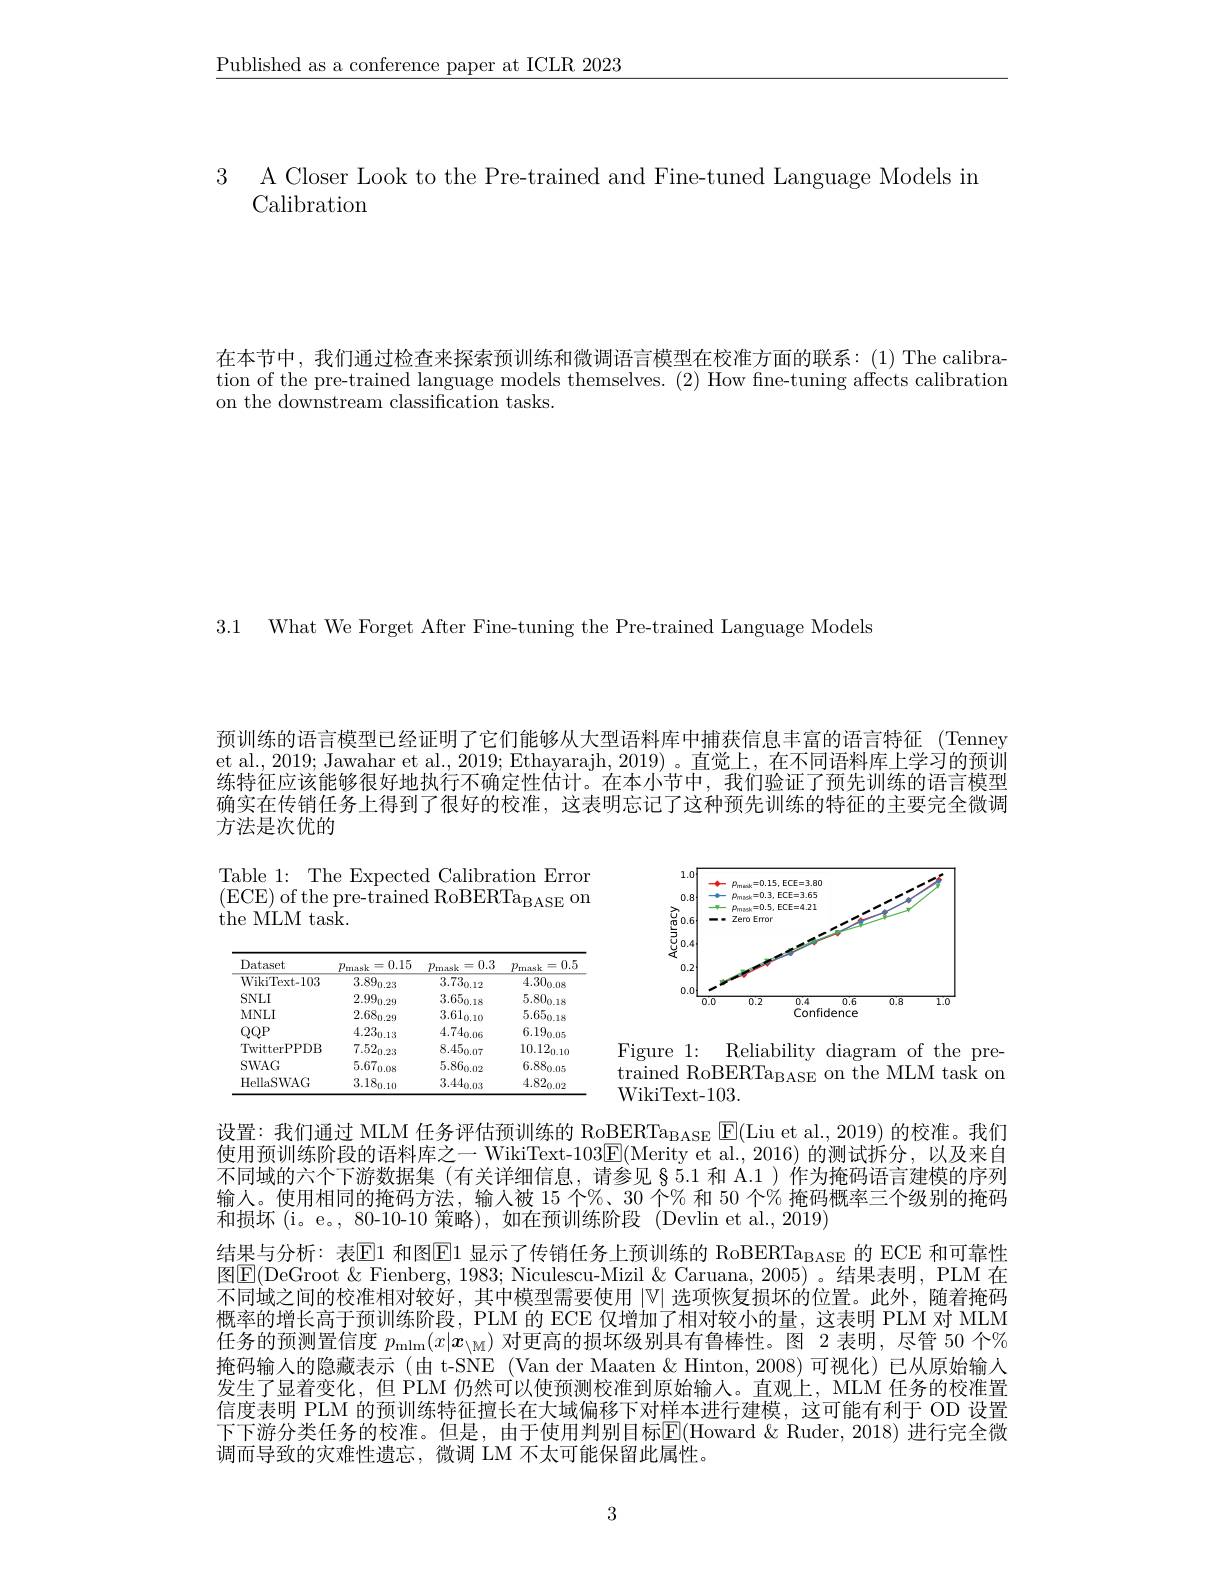
$\underline{\text{Published as a conference paper at ICLR 2023}}$

3 A Closer Look to the Pre-trained and Fine-tuned Language Models ir
Calibration

在本节中，我们通过检查来探索预训练和微调语言模型在校准方面的联系：(1) The calibration of the pre-trained language models themselves. (2) How fine-tuning affects calibration on the downstream classification tasks.

3.1 What We Forget After Fine-tuning the Pre-trained Language Models

预训练的语言模型已经证明了它们能够从大型语料库中捕获信息丰富的语言特征(Tenney et al., 2019; Jawahar et al., 2019; Ethayarajh, 2019) 。直觉上，在不同语料库上学习的预训练特征应该能够很好地执行不确定性估计。在本小节中，我们验证了预先训练的语言模型确实在传销任务上得到了很好的校准，这表明忘记了这种预先训练的特征的主要完全微调方法是次优的

Table 1: The Expected Calibration Error $\begin{array}{ll}{{\mathrm{1anc~1.~1~nc~Lxpccucu~Canoraton~Liror}}}\\{{\mathrm{(ECE)~of~the~pre-trained~RoBERTa_{BASE}~on}}}\end{array}$ the MLM task.

<FigureHere>

<table>
	<tbody>
		<tr>
			<th>Dataset</th>
			<th>=0.15 $p_{\mathrm{mask}}$</th>
			<th>$k=0.3$ $p_{\mathrm{mask}}$</th>
			<th>=0.5 $p_{\mathrm{mask}}$ 三</th>
		</tr>
		<tr>
			<td>WikiText- 103</td>
			<td>$\overline{3.89_{0.23}}$</td>
			<td>$\overline{3.73_{0.12}}$</td>
			<td>$4.30_{0.08}$</td>
		</tr>
		<tr>
			<td>SNLI</td>
			<td>$2.99_{0.29}$</td>
			<td>$3.65_{0.18}$</td>
			<td>$5.80_{0.18}$</td>
		</tr>
		<tr>
			<td>$MNLI$</td>
			<td>$2.68_{0.29}$</td>
			<td>$3.61_{0.10}$</td>
			<td>$5.65_{0.18}$</td>
		</tr>
		<tr>
			<td>$QQP$</td>
			<td>$4.23_{0.13}$</td>
			<td>$4.74_{0.06}$</td>
			<td>$6.19_{0.05}$</td>
		</tr>
		<tr>
			<td>TwitterPPDB</td>
			<td>$7.52_{0.23}$</td>
			<td>$8.45_{0.07}$</td>
			<td>$10.12_{0.10}$</td>
		</tr>
		<tr>
			<td>$SWAG$</td>
			<td>$5.67_{0.08}$</td>
			<td>$5.86_{0.02}$</td>
			<td>$6.88_{0.05}$</td>
		</tr>
		<tr>
			<td>HellaSWAG</td>
			<td>$3.18_{0.10}$</td>
			<td>$3.44_{0.03}$</td>
			<td>$4.82_{0.02}$</td>
		</tr>
	</tbody>
</table>

Figure 1: Reliability diagram of the pretrained RoBERTa$_\mathrm{BASE}$ on the MLM task on WikiText- 103.

设置：我们通过 MLM 任务评估预训练的 RoBERTa$_{\mathrm{BASE}}$ $\mathbb{E}($Liu et al.,2019) 的校准。我们使用预训练阶段的语料库之一 WikiText-103$\overline{\mathrm{E}}($Merity et al.,2016)的测试拆分，以及来自不同域的六个下游数据集(有关详细信息，请参见§5.1 和 A.1)作为掩码语言建模的序列输人。使用相同的掩码方法，输入被 15 个%、30 个% 和 50 个% 掩码概率三个级别的掩码和损坏(i。e。, 80-10-10 策略),如在预训练阶段 (Devlin et al.,2019)

结果与分析：表$\mathbb{E}1$ 和图$\mathbb{E}1$ 显示了传销任务上预训练的 RoBERTa$_\mathrm{BASE}$ 的 ECE 和可靠性图$\boxed{\mathrm{F}}($DeGroot & Fienberg, 1983; Niculescu-Mizil & Caruana, 2005)。结果表明，PLM 在不同域之间的校准相对较好，其中模型需要使用$|\mathbb{V}|$选项恢复损坏的位置。此外，随着掩码概率的增长高于预训练阶段，PLM 的 ECE 仅增加了相对较小的量，这表明 PLM 对 MLM 任务的预测置信度$p_\mathrm{mlm}(x|\boldsymbol{x}_\mathrm{\backslash M})$对更高的损坏级别具有鲁棒性。图 2 表明，尽管 50 个% 掩码输人的隐藏表示 (由 t-SNE (Van der Maaten &Hinton, 2008) 可视化) 已从原始输入发生了显着变化，但 PLM 仍然可以使预测校准到原始输人。直观上，MLM 任务的校准置信度表明 PLM 的预训练特征擅长在大域偏移下对样本进行建模，这可能有利于 OD 设置下下游分类任务的校准。但是，由于使用判别目标$\overline{\mathrm{E}}($Howard &Ruder,2018) 进行完全微调而导致的灾难性遗忘，微调 LM 不太可能保留此属性。

3